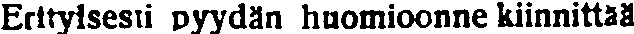
Erttyisesti pyydän huomioonne kiinnittää